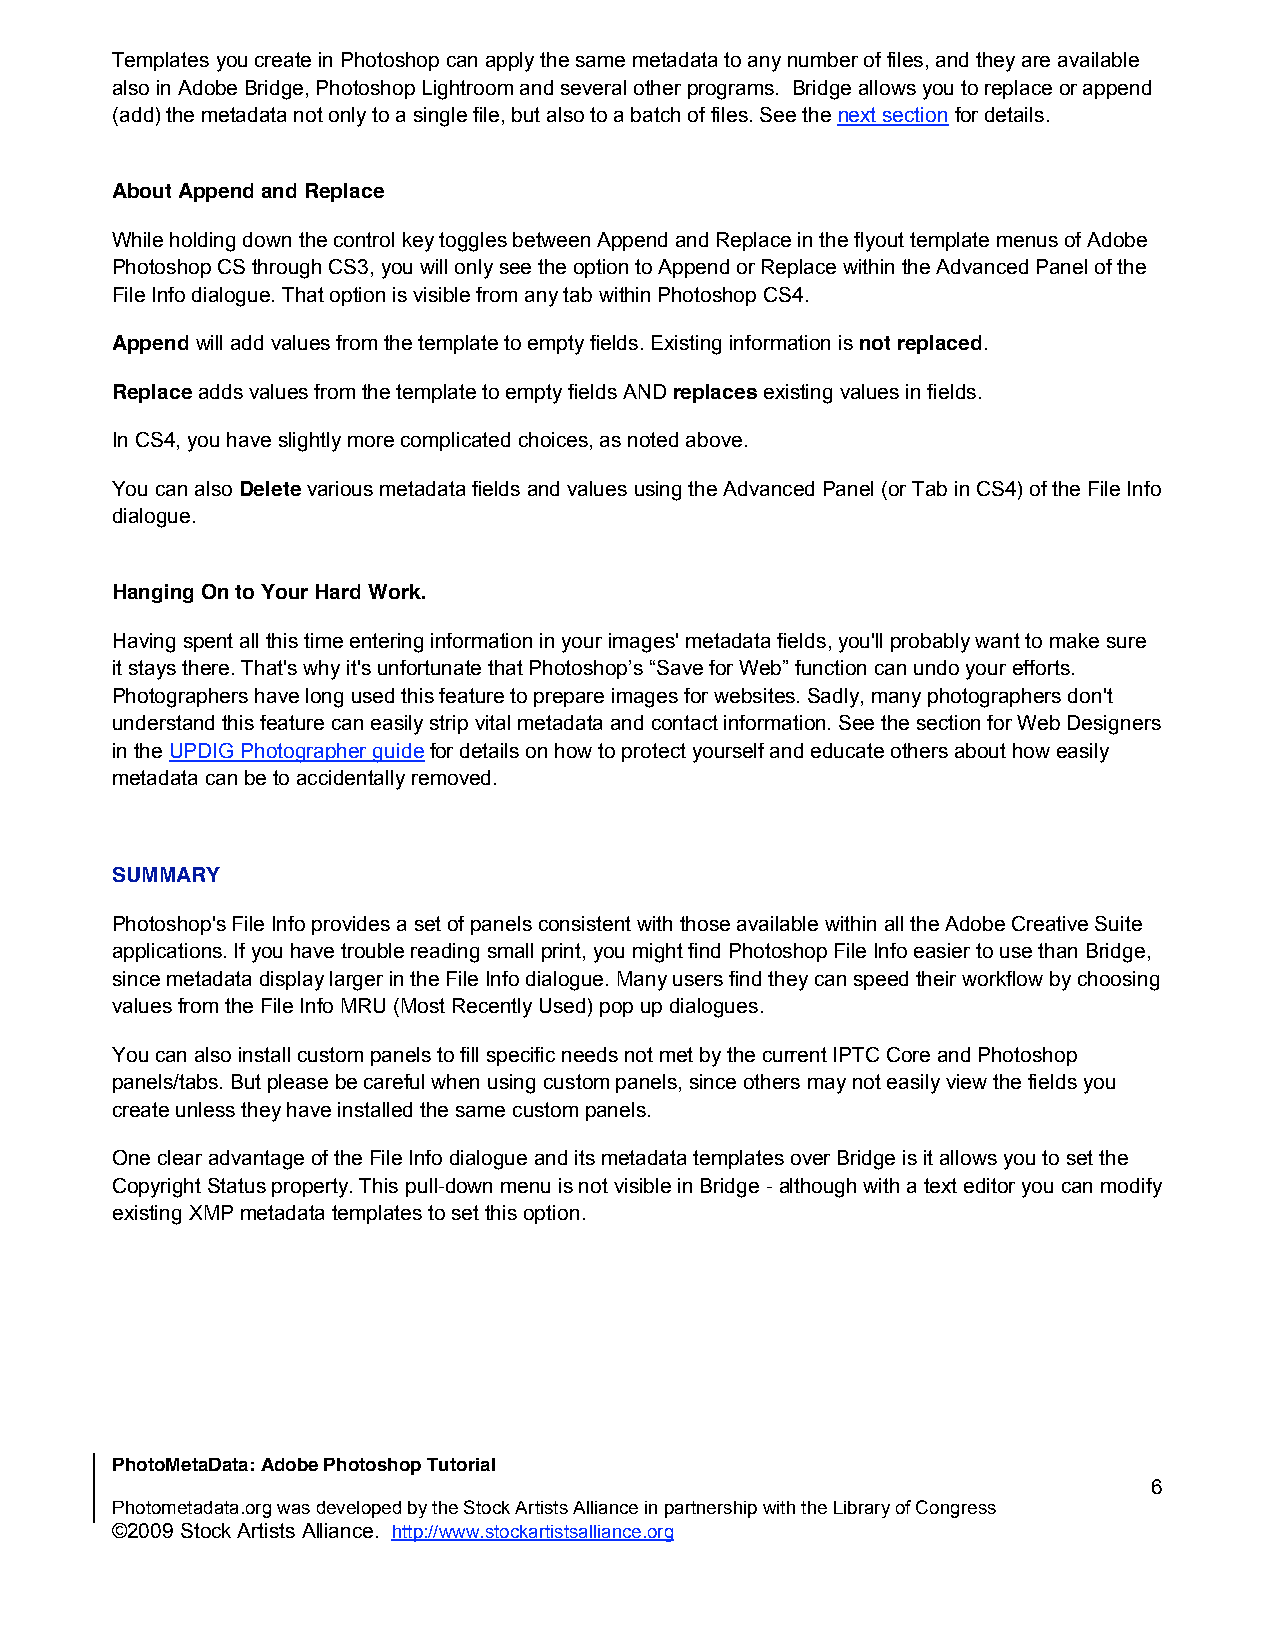
Templates you create in Photoshop can apply the same metadata to any number of files, and they are available
 also in Adobe Bridge, Photoshop Lightroom and several other programs. Bridge allows you to replace or append
 (add) the metadata not only to a single file, but also to a batch of files. See the next section for details.
 About Append and Replace
 While holding down the control key toggles between Append and Replace in the flyout template menus of Adobe
 Photoshop CS through CS3, you will only see the option to Append or Replace within the Advanced Panel of the
 File Info dialogue. That option is visible from any tab within Photoshop CS4.
 Append will add values from the template to empty fields. Existing information is not replaced.
 Replace adds values from the template to empty fields AND replaces existing values in fields.
 In CS4, you have slightly more complicated choices, as noted above.
 You can also Delete various metadata fields and values using the Advanced Panel (or Tab in CS4) of the File Info
 dialogue.
 Hanging On to Your Hard Work.
 Having spent all this time entering information in your images' metadata fields, you'll probably want to make sure
 it stays there. That's why it's unfortunate that Photoshop’s “Save for Web” function can undo your efforts.
 Photographers have long used this feature to prepare images for websites. Sadly, many photographers don't
 understand this feature can easily strip vital metadata and contact information. See the section for Web Designers
 in the UPDIG Photographer guide for details on how to protect yourself and educate others about how easily
 metadata can be to accidentally removed.
 SUMMARY
 Photoshop's File Info provides a set of panels consistent with those available within all the Adobe Creative Suite
 applications. If you have trouble reading small print, you might find Photoshop File Info easier to use than Bridge,
 since metadata display larger in the File Info dialogue. Many users find they can speed their workflow by choosing
 values from the File Info MRU (Most Recently Used) pop up dialogues.
 You can also install custom panels to fill specific needs not met by the current IPTC Core and Photoshop
 panels/tabs. But please be careful when using custom panels, since others may not easily view the fields you
 create unless they have installed the same custom panels.
 One clear advantage of the File Info dialogue and its metadata templates over Bridge is it allows you to set the
 Copyright Status property. This pull-down menu is not visible in Bridge - although with a text editor you can modify
 existing XMP metadata templates to set this option.
 PhotoMetaData: Adobe Photoshop Tutorial
 6
 Photometadata.org was developed by the Stock Artists Alliance in partnership with the Library of Congress
 ©2009 Stock Artists Alliance. http://www.stockartistsalliance.org